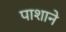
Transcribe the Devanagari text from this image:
पाशाने